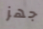
جهز